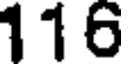
116